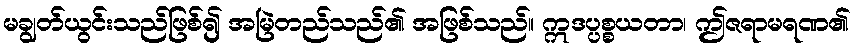
မချွတ်ယွင်းသည်ဖြစ်၍ အမြဲတည်သည်၏ အဖြစ်သည်။ ဣဒပ္ပစ္စယတာ၊ ဤဇရာမရဏ၏